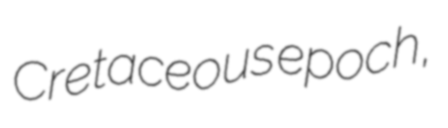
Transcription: Cretaceous epoch,